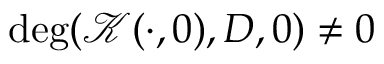
\deg ( \mathcal { K } ( \cdot , 0 ) , D , 0 ) \neq 0